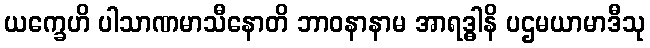
ယက္ခေဟိ ပါသာဏမာသီနောတိ ဘာဝနာနာမ အာရဒ္ဓါနိ ပဌမယာမာဒီသု